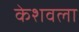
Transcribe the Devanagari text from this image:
केशवला